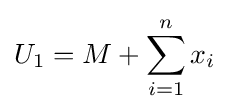
U_{1}=M+\sum _{i=1}^{n}x_{i}